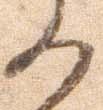
の